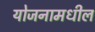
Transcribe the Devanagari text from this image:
योजनामधील